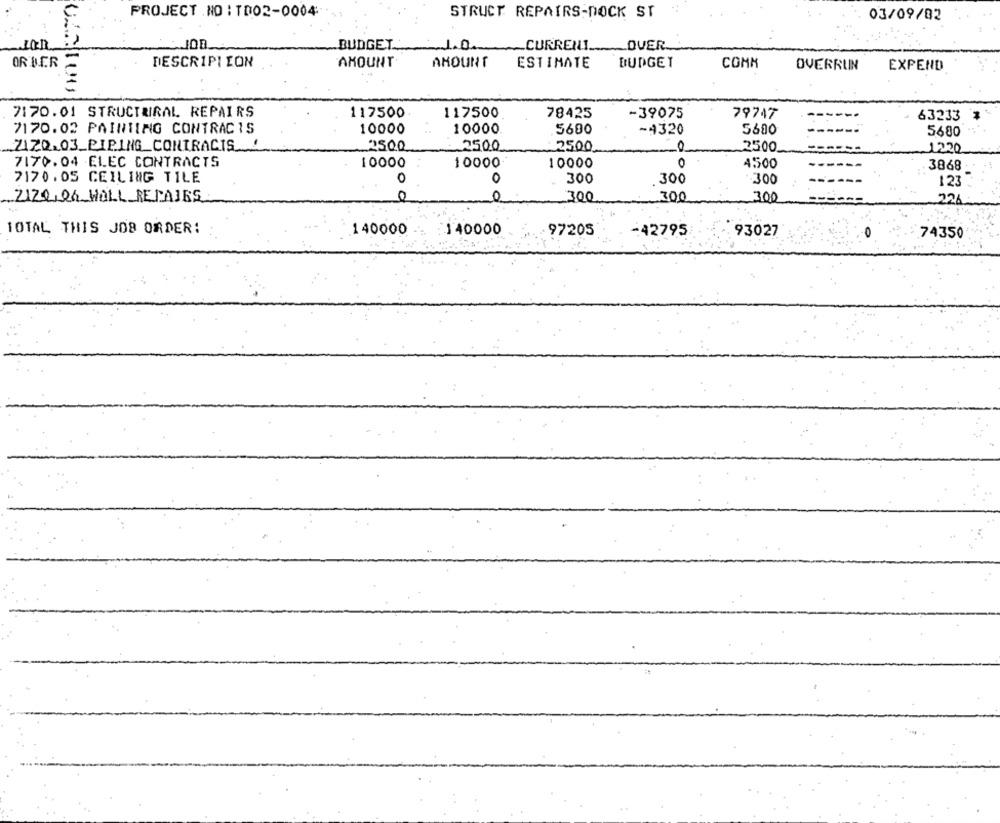
PROJECT .NO : TD02-0004
STRUCT REPAIRS-DOCK ST
03/09/82
BUDGET.
1.0.
CURRENT
DUER
OR'BER
DESCRIPTION
AMOUNT
AMOUNT
ESTIMATE
BUDGET
COMK
OVERRUN
EXPEND
7170.01 STRUCTURAL REPAIRS
117500
117500
78425
-39075
79747
63233
7170.02 PAINTING CONTRACIS
10000
10000
5600
-4320
5600
5680
7120.03 PIPING CONTRACTS
2500
2500
2500
.0
2500
1220
7170.04 ELEC CONTRACTS
10000
10000-
10000
0
4500
3868
7170. 05 CEILING TILE
0
0
300
.300
-300
123
ZIZO OG WOLL REPAJES
0
0
300
300
300
226
TOTAL THIS JOB ORDER:
140000
140000
97205
-42795
93027
74350